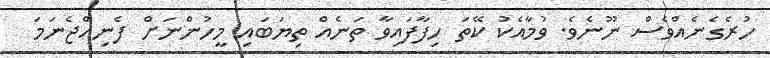
ހުރެގެނެއްވެސް ނޫނެވެ. ވުމާއެކު ކޭތަ ހިފާފައިވާ ތަނެއް ތިޔަބައި މީހުންނަށް ފެނިއްޖެނަމަ